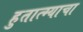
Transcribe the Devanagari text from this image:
हुतात्म्याचा